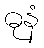
ဓုနံ